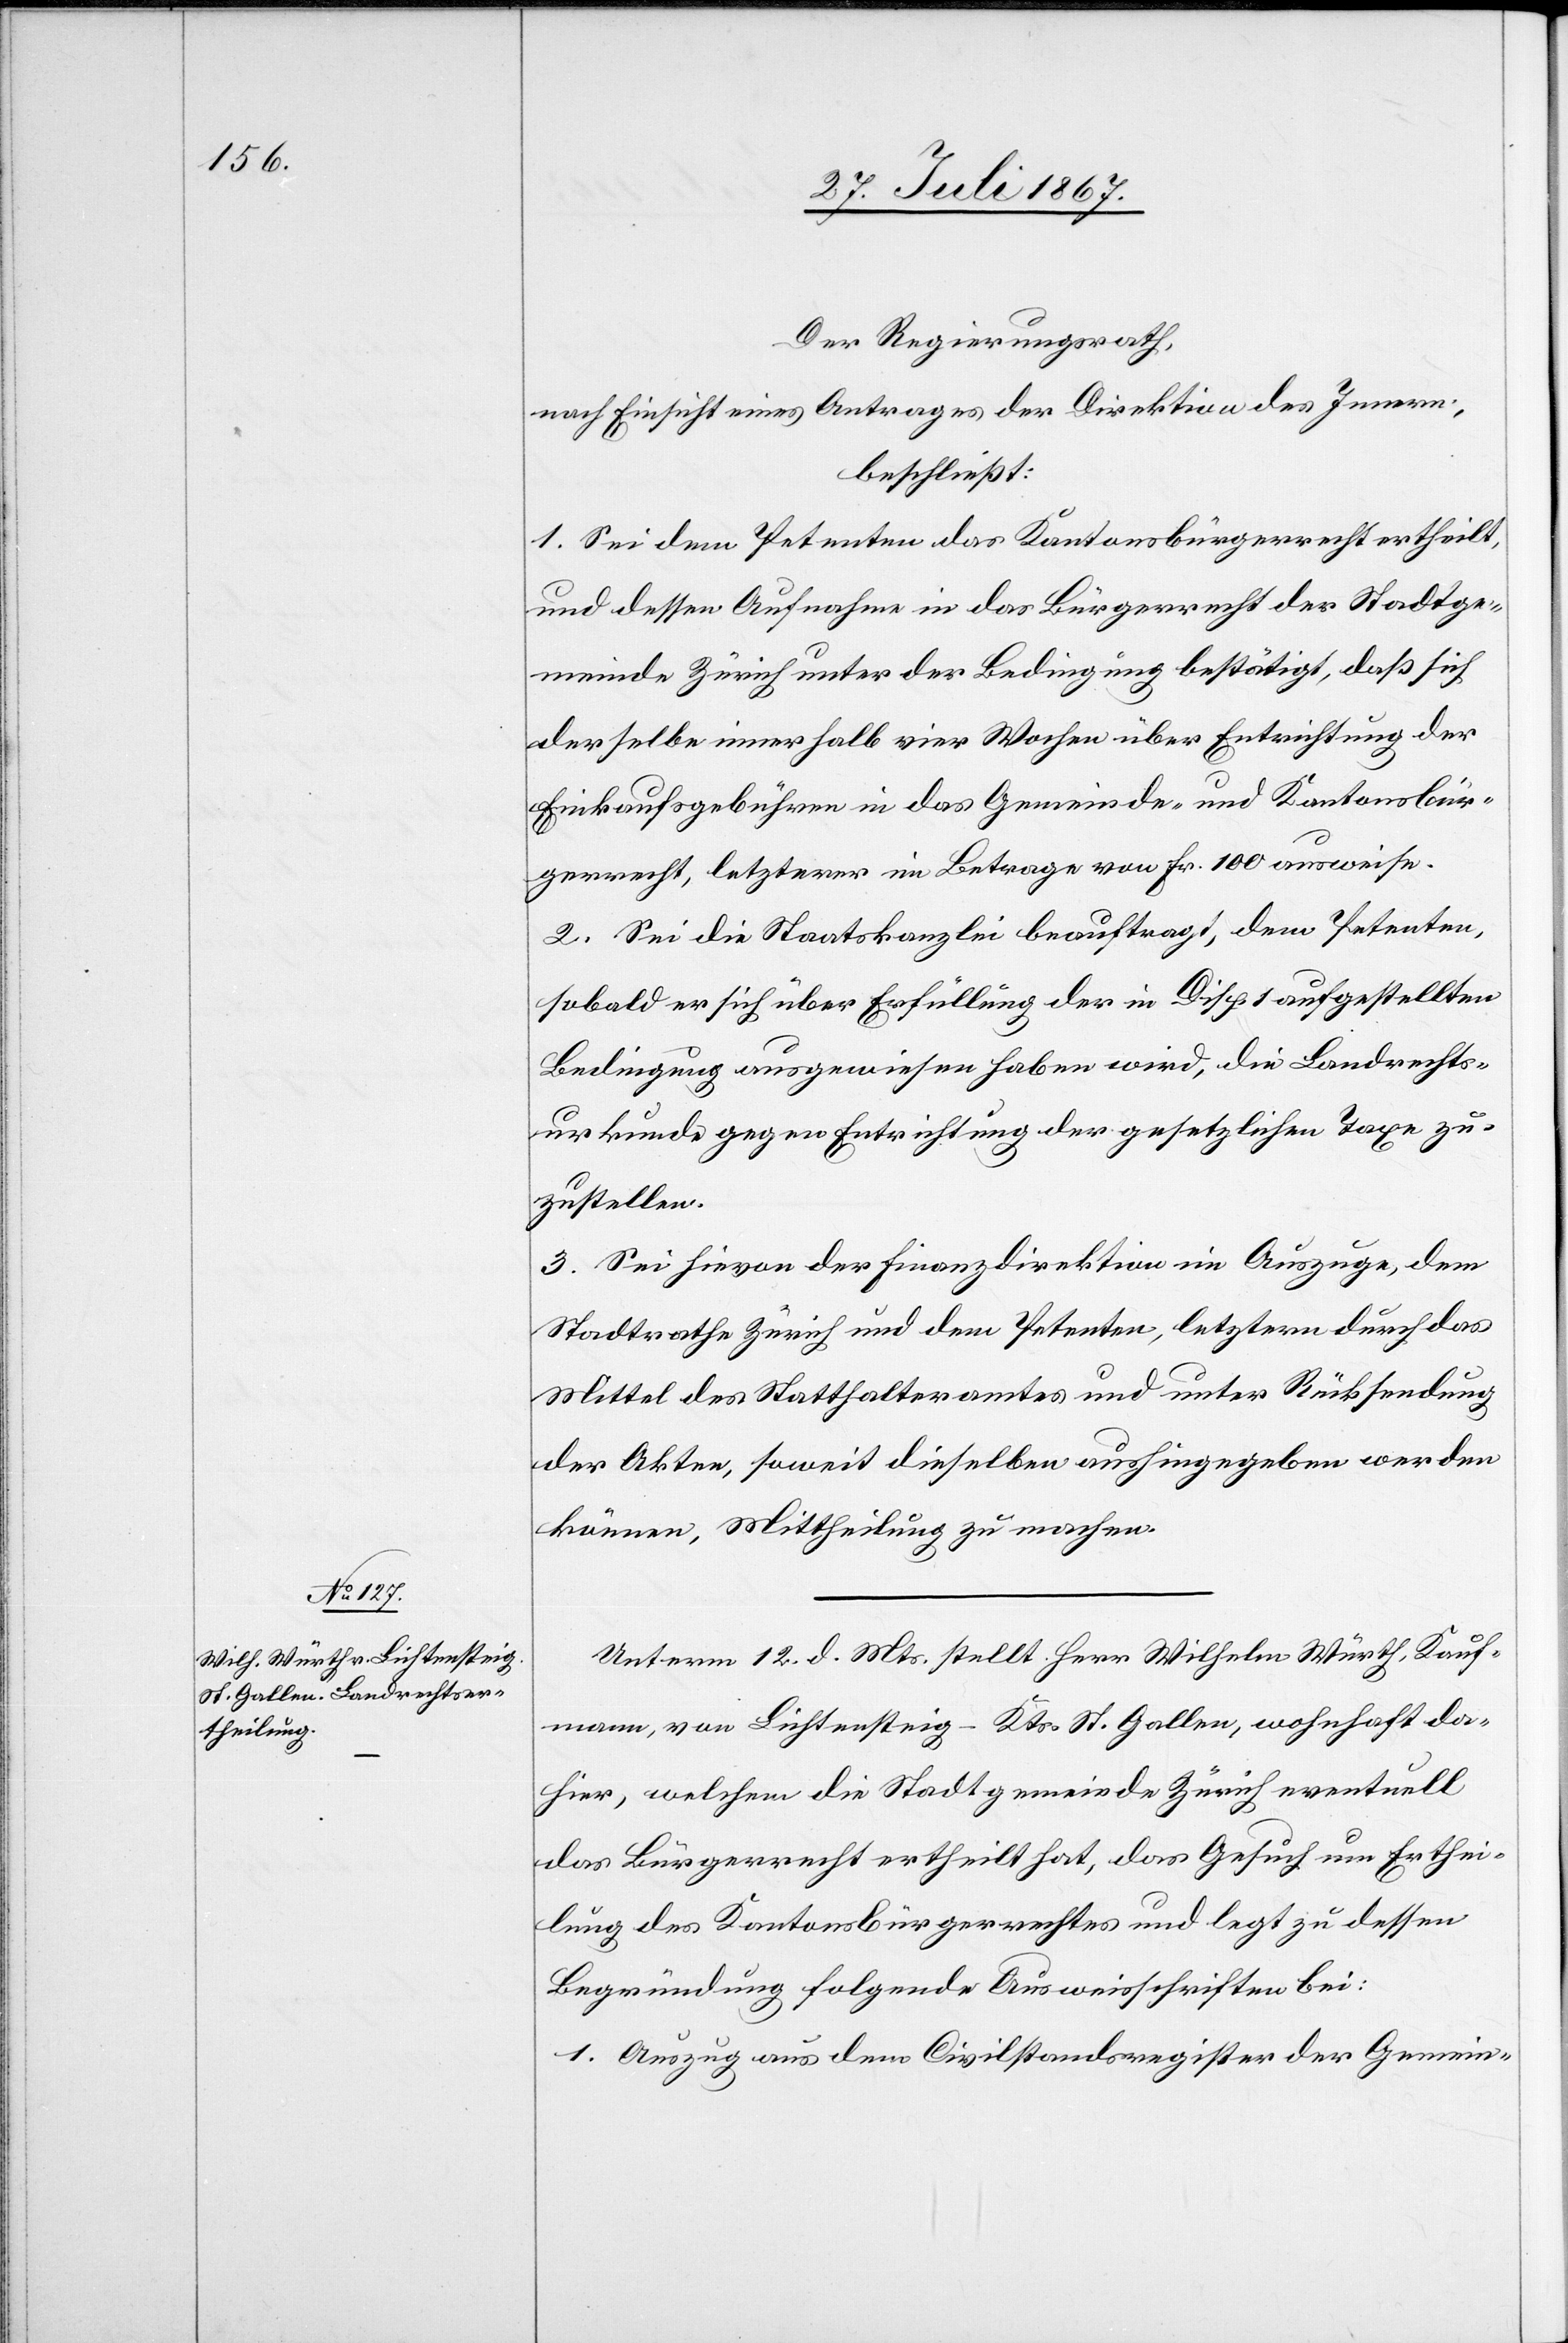
Der Regierungsrath,
nach Einsicht eines Antrages der Direktion des Innern,
beschließt:
1. Sei dem Petenten das Kantonsbürgerrecht ertheilt,
und dessen Aufnahme in das Bürgerrecht der Stadtge¬
meinde Zürich unter der Bedingung bestätigt, daß sich
derselbe innerhalb vier Wochen über Entrichtung der
Einkaufsgebühren in das Gemeinde- und Kantonsbür¬
gerrecht, letzterer im Betrage von Fr. 100 ausweise.
2. Sei die Staatskanzlei beauftragt, dem Petenten,
sobald er sich über Erfüllung der in Disp. 1 aufgestellten
Bedingung ausgewiesen haben wird, die Landrechtsk¬
urkunde gegen Entrichtung der gesetzlichen Taxe zu¬
zustellen.
3. Sei hievon der Finanzdirektion im Auszuge, dem
Stadtrathe Zürich und dem Petenten, letztern durch das
Mittel des Statthalteramtes und unter Rücksendung
der Akten, soweit dieselben aushingegeben werden
können, Mittheilung zu machen.
Unterm 12. d. Mts. stellt Herr Wilhelm Würth, Kauf¬
mann, von Lichtensteig – Kts. St. Gallen, wohnhaft da¬
hier, welchem die Stadtgemeinde Zürich eventuell
das Bürgerrecht ertheilt hat, das Gesuch um Erthei¬
lung des Kantonsbürgerrechtes und legt zu dessen
Begründung folgende Ausweisschriften bei:
1. Auszug aus dem Civilstandsregister der Gemein-